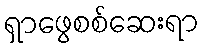
ရှာဖွေစစ်ဆေးရာ